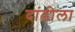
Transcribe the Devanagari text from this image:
दांडीला